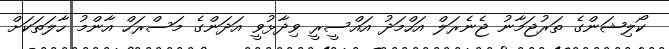
ކޯލިޝަންގެ ތަރުޖަމާނު ޖެނެރަލް އަހްމަދު އައްސީރީ ވިދާޅުވީ އަދަންގެ މަސްރަހް އާންމު ހާލަތަކަށް